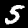
Label: 5